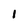
Character: 1